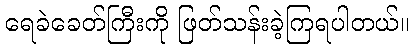
ရေခဲခေတ်ကြီးကို ဖြတ်သန်းခဲ့ကြရပါတယ်။